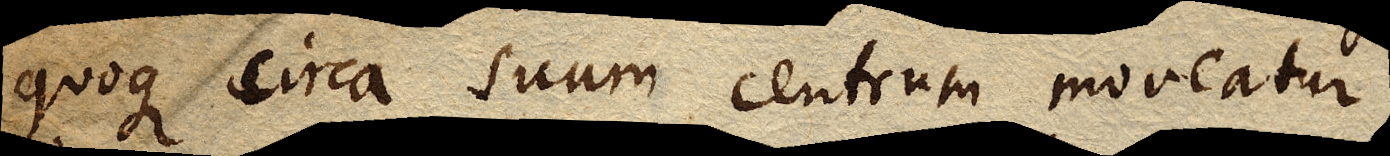
quoque circa suum centrum moveatur;